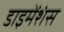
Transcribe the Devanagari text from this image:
डाइमेंशंस